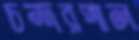
চন্দরপাল